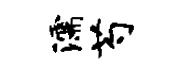
濡芍